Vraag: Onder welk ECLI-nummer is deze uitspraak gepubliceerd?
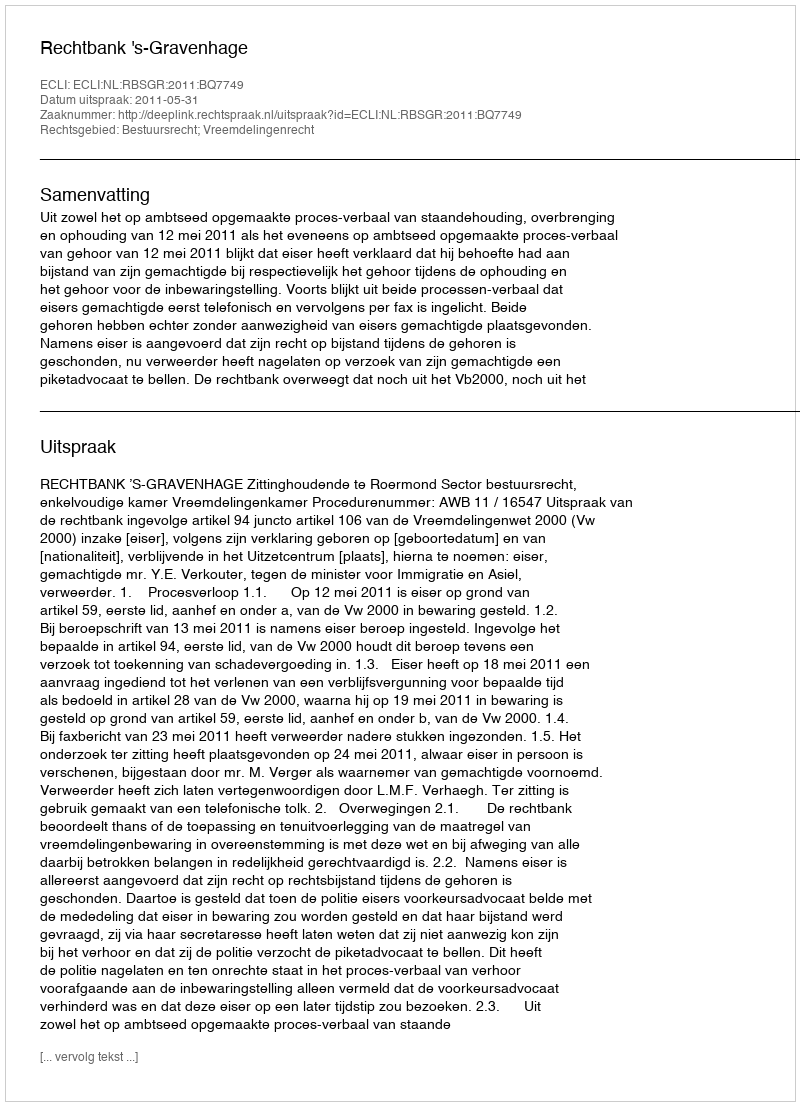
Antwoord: ECLI:NL:RBSGR:2011:BQ7749